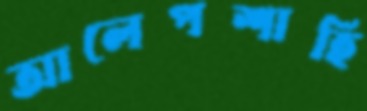
আলেপশাহি